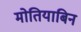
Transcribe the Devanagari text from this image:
मोतियाबिन